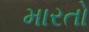
મારતો